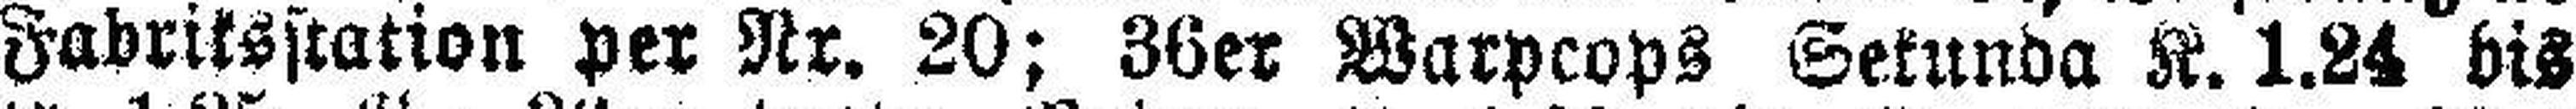
Fabriksstation per Nr. 20; 36er Warpcops Sekunda K. 1.24 bis